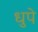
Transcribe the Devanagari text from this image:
धुपे